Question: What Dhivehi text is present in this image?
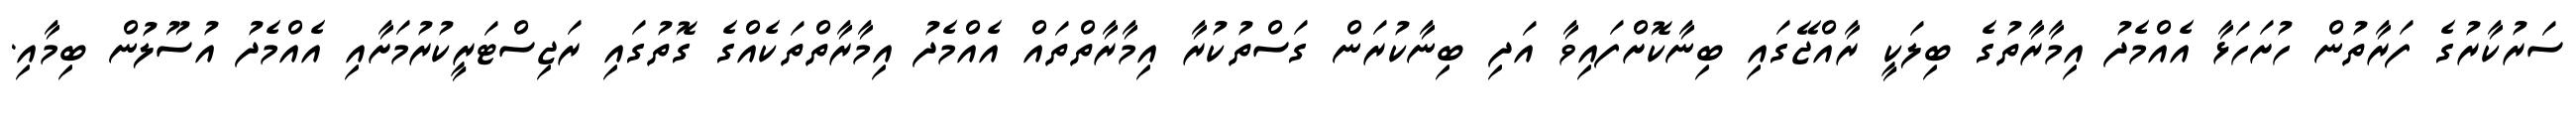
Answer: ސަރުކާރުގެ ފަރާތުން ހުށަހަޅާ އެއްމެދު އިމާރާތުގެ ބިލަކީ ރާއްޖޭގައި ބިނާކޮށްފައިވާ އަދި ބިނާކުރަން ގަސްތުކުރާ އިމާރާތްތައް އެއްމެދު އިމާރާތްތަކެއްގެ ގޮތުގައި ރަޖިސްޓަރީކުރުމަށާއި އެއްމެދު އުސޫލުން ބިމާއި.